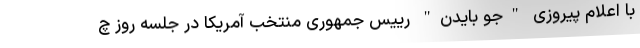
با اعلام پیروزی "جو بایدن" رییس جمهوری منتخب آمریکا در جلسه روز چ